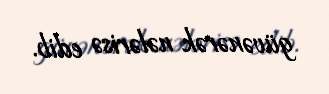
güvənərək nələrisə edib.